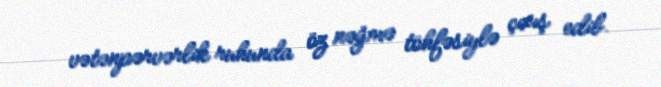
vətənpərvərlik ruhunda öz nəğmə töhfəsiylə çıxış edib.